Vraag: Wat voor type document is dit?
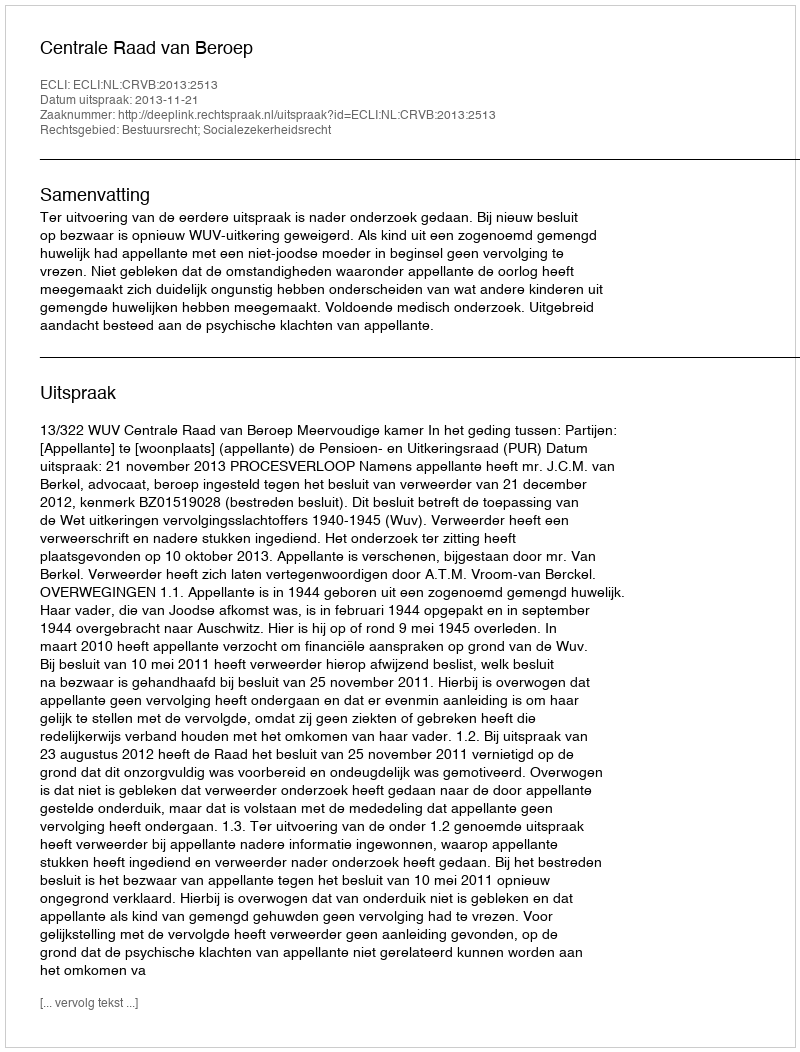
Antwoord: Uitspraak